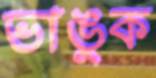
ভাঙুক